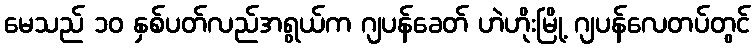
မေသည် ၁၀ နှစ်ပတ်လည်အရွယ်က ဂျပန်ခေတ် ဟဲဟိုးမြို့ ဂျပန်လေတပ်တွင်